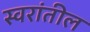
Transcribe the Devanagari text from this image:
स्वरांतील